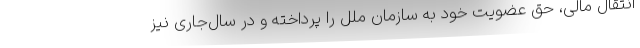
انتقال مالی، حق عضویت خود به سازمان ملل را پرداخته و در سال‌جاری نیز